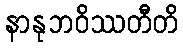
နာနုဘဝိဿတီတိ